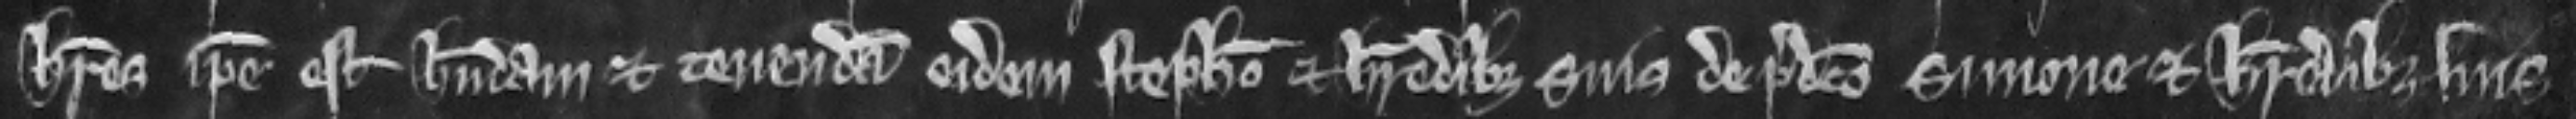
heres ipse est habendam et tenendam eidem Stephano et heredibus suis de predicto Simone et heredibus suis